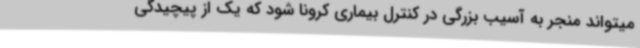
میتواند منجر به آسیب بزرگی در کنترل بیماری کرونا شود که یک از پیچیدگی